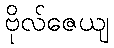
ဗိုလ်ဇေယျ